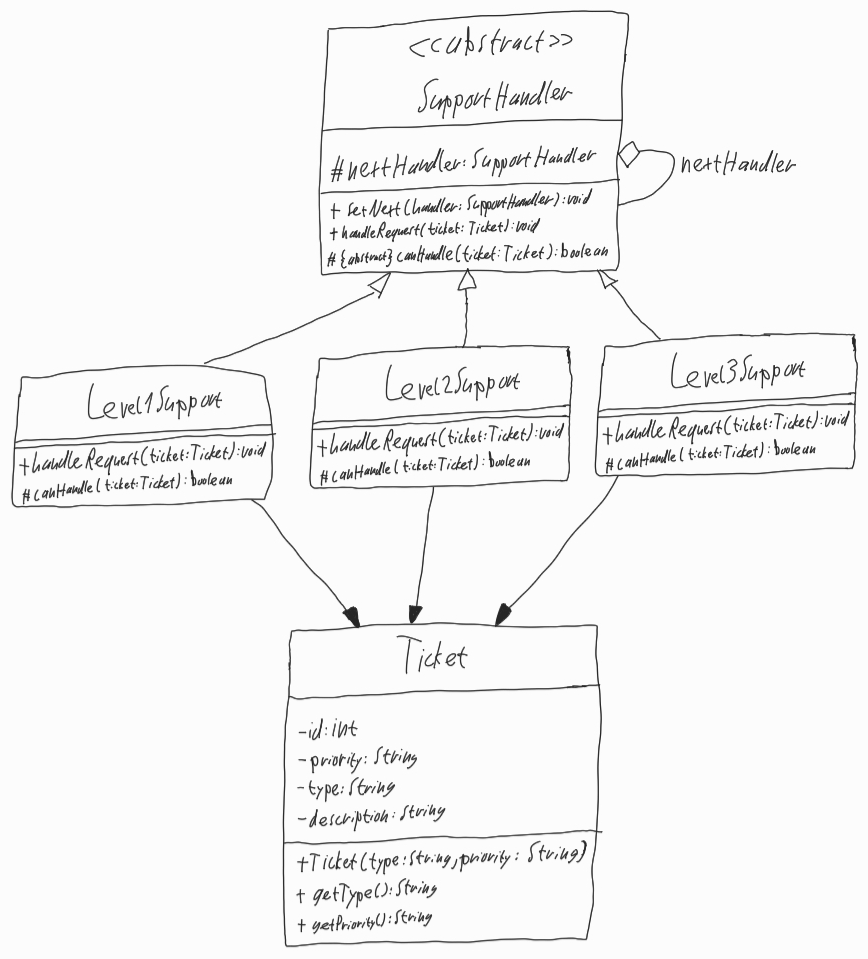
Diagram type: class_diagram
```plantuml
@startuml

abstract SupportHandler {
  # nextHandler: SupportHandler
  + setNext(handler: SupportHandler): void
  + handleRequest(ticket: Ticket): void
  + {abstract} canHandle(ticket: Ticket): boolean
}

class Level1Support extends SupportHandler {
  + handleRequest(ticket: Ticket): void
  # canHandle(ticket: Ticket): boolean
}

class Level2Support extends SupportHandler {
  + handleRequest(ticket: Ticket): void
  # canHandle(ticket: Ticket): boolean
}

class Level3Support extends SupportHandler {
  + handleRequest(ticket: Ticket): void
  # canHandle(ticket: Ticket): boolean
}

class Ticket {
  - id: int
  - priority: String
  - type: String
  - description: String
  + Ticket(type: String, priority: String)
  + getType(): String
  + getPriority(): String
}

Level1Support --> Ticket

Level2Support --> Ticket

Level3Support --> Ticket

SupportHandler o-- SupportHandler : nextHandler
@enduml
```